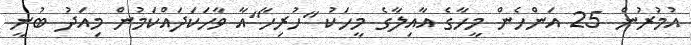
އުމުރުން 25 އަންހެން މީހާގެ އާއިލާގެ މީހަކު "ހުރިހާ"އާ ވާހަކަދައްކަމުން މިއަދު ބުނީ